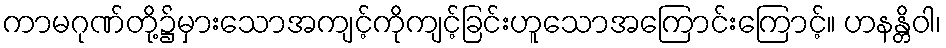
ကာမဂုဏ်တို့၌မှားသောအကျင့်ကိုကျင့်ခြင်းဟူသောအကြောင်းကြောင့်။ ဟနန္တိဝါ၊